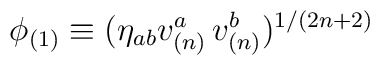
\phi _{(1)}\equiv (\eta _{ab}v_{(n)}^{a}\,v_{(n)}^{b})^{1/(2n+2)}